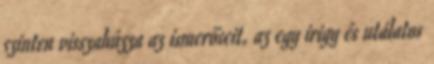
szinten visszahúzza az ismerőseit, az egy irigy és utálatos